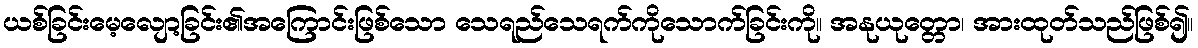
ယစ်ခြင်းမေ့လျော့ခြင်း၏အကြောင်းဖြစ်သော သေရည်သေရက်ကိုသောက်ခြင်းကို။ အနုယုတ္တော၊ အားထုတ်သည်ဖြစ်၍။